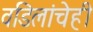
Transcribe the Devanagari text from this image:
वडिलांचेही